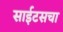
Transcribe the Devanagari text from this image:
साईटसचा